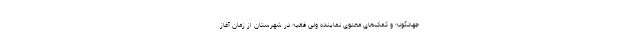
جهادگونه و کمک‌های معنوی نماینده ولی فقیه در شهرستان از زمان آغاز